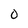
Character: O